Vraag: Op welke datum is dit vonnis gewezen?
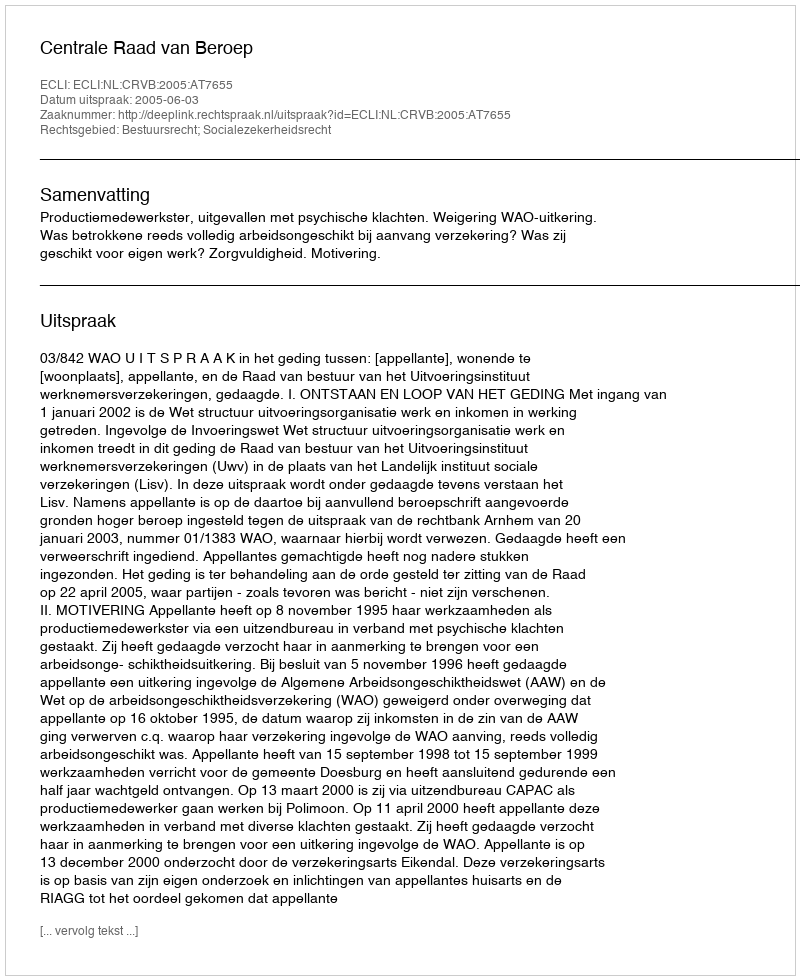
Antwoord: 2005-06-03